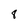
Character: 8